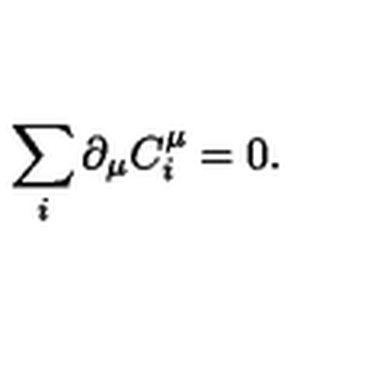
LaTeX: \sum _ { i } \partial _ { \mu } C _ { i } ^ { \mu } = 0 .